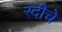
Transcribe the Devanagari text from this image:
रंदीचे